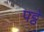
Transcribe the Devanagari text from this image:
पट्ठे